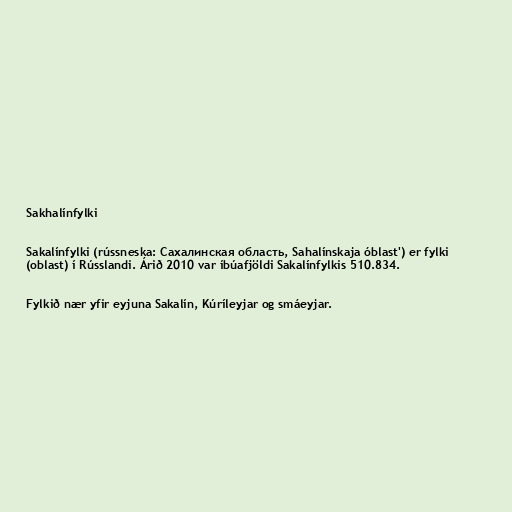
Sakhalínfylki

Sakalínfylki (rússneska: Сахалинская область, Sahalínskaja óblast') er fylki
(oblast) í Rússlandi. Árið 2010 var íbúafjöldi Sakalínfylkis 510.834.

Fylkið nær yfir eyjuna Sakalín, Kúríleyjar og smáeyjar.